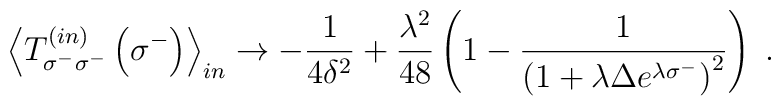
{\left<T^{\left(in\right)}_{\sigma^-\sigma^-}\left(\sigma^-\right)\right>}_{in}\rightarrow-{1\over{4\delta^2}}+{\lambda^2\over48}\left(1-{1\over{{\left(1+\lambda\Delta e^{\lambda\sigma^-}\right)}^2}}\right)\;.